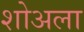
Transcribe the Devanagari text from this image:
शोअला